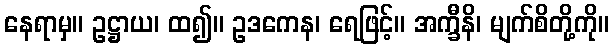
နေရာမှ။ ဥဋ္ဌာယ၊ ထ၍။ ဥဒကေန၊ ရေဖြင့်။ အက္ခီနိ၊ မျက်စိတို့ကို။